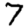
Digit: 7